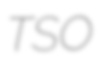
TSO